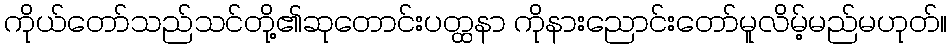
ကိုယ်တော်သည်သင်တို့၏ဆုတောင်းပတ္ထနာ ကိုနားညောင်းတော်မူလိမ့်မည်မဟုတ်။